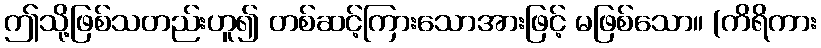
ဤသို့ဖြစ်သတည်းဟူ၍ တစ်ဆင့်ကြားသောအားဖြင့် မဖြစ်သော။ (ကိရိကား